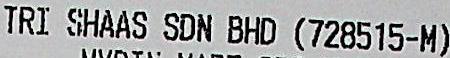
TRI SHAAS SDN BHD (728515-M)